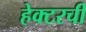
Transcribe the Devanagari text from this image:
हेक्टरची